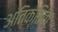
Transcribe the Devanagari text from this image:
अतिक्तिक